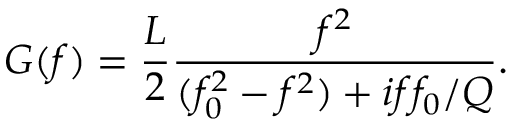
G ( f ) = \frac { L } { 2 } \frac { f ^ { 2 } } { ( f _ { 0 } ^ { 2 } - f ^ { 2 } ) + i f f _ { 0 } / Q } .